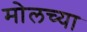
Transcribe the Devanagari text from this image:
मोलच्या